Scottish Leaving Certificate Examination, 1961
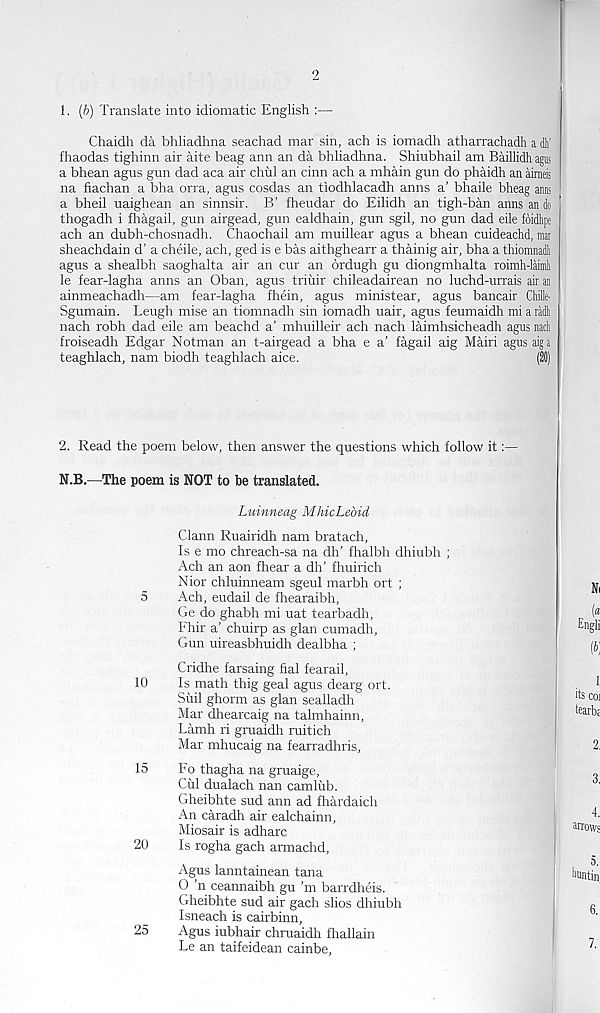
2
1. (ft) Translate into idiomatic English :—
Chaidh da bhliadhna seachad mar sin, ach is iomadh atharrachadh a d’
fhaodas tighinn air aite beag ann an da bhliadhna. Shiubhail am Baillidh agtis
a bhean agus gun dad aca air chill an cinn ach a mhain gun do phaidh an airneis
na fiachan a bha orra, agus cosdas an tiodhlacadh anns a’ bhaile bheag amis
a bheil uaighean an sinnsir. B’ fheudar do Eilidh an tigh-ban anns an do
thogadh i fhagail, gun airgead, gun ealdhain, gun sgil, no gun dad eile foidhpe
ach an dubh-chosnadh. Chaochail am muillear agus a bhean cuideachd, mar
sheachdain d’ a cheile, ach, ged is e bas aithghearr a thainig air, bha a thiomnadli
agus a shealbh saoghalta air an cur an ordugh gu diongmhalta roimh-laimli
le fear-lagha anns an Oban, agus triuir chileadairean no luchd-urrais air aa
ainmeachadh—am fear-lagha fhein, agus ministear, agus bancair Chifle-
Sgumain. Leugh mise an tiomnadh sin iomadh uair, agus feumaidh mi a radii
nach robh dad eile am beachd a’ mhuilleir ach nach laimhsicheadh agus nacli
froiseadh Edgar Notman an t-airgead a bha e a' fagail aig Mairi agus aiga
teaghlach, nam biodh teaghlach aice.
(20)
2. Read the poem below, then answer the questions which follow it:—
N.B.—The poem is NOT to be translated.
Luinneag MhicLebid
Clann Ruairidh nam bratach,
Is e mo chreach-sa na dh’ fhalbh dhiubh ;
Ach an aon fhear a dh’ fhuirich
Nior chluinneam sgeul marbh ort ;
5
Ach, eudail de fhearaibh,
Ge do ghabh mi uat tearbadh,
Fhir a’ chuirp as glan cumadh,
Gun uireasbhuidh dealbha ;
Cridhe farsaing fial fearail,
10
Is math thig geal agus dearg ort.
Siiil ghorm as glan sealladh
Mar dhearcaig na talmhainn,
Lamh ri graaidh ruitich
Mar mhucaig na fearradhris,
15
Fo thagha na gruaige,
Cirl dualach nan camlub.
Gheibhte sud ann ad fhardaich
An caradh air ealchainn,
Miosair is adharc
20
Is rogha gach armachd,
Agus lanntainean tana
0 ’n ceannaibh gu’m barrdheis.
Gheibhte sud air gach slios dhiubh
Isneach is cairbinn,
25
Agus iubhair chruaidh fhallain
Le an taifeidean cainbe,